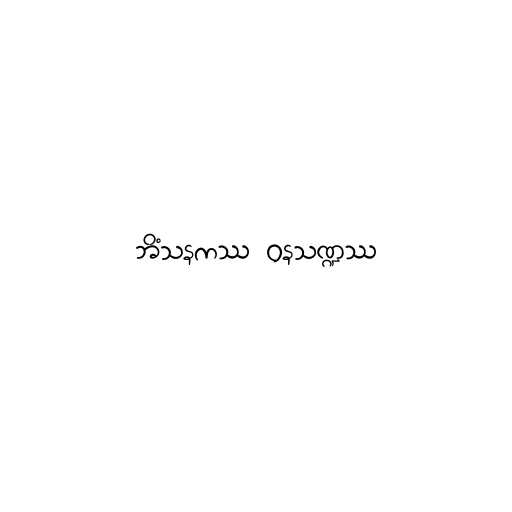
ဘိံသနကဿ ဝနသဏ္ဍဿ